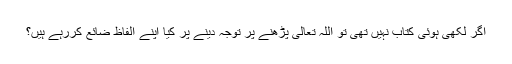
اگر لکھی ہوئی کتاب نہیں تھی تو اللہ تعالی پڑھنے پر توجہ دینے پر کیا اپنے الفاظ ضائع کررہے ہیں؟